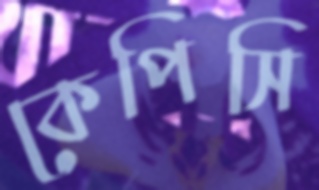
কেপিসি